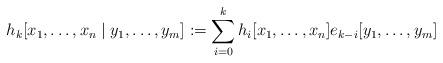
LaTeX: \begin{align*} h_k[x_1, \ldots, x_n \mid y_1, \ldots, y_m] := \sum_{i=0}^k h_i[x_1, \ldots, x_n] e_{k-i}[y_1, \ldots, y_m] \end{align*}